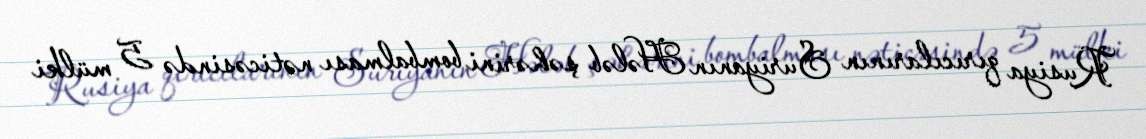
Rusiya qırıcılarının Suriyanın Hələb şəhərini bombalması nəticəsində 5 mülki